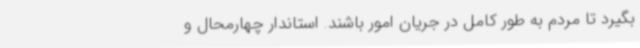
بگیرد تا مردم به طور کامل در جریان امور باشند. استاندار چهارمحال و